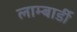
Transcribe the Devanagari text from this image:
लाम्बार्डी